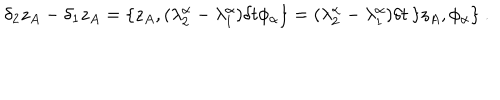
\delta _ { 2 } z _ { A } - \delta _ { 1 } z _ { A } = \{ z _ { A } , ( \lambda _ { 2 } ^ { \alpha } - \lambda _ { 1 } ^ { \alpha } ) \delta t \phi _ { \alpha } \} = ( \lambda _ { 2 } ^ { \alpha } - \lambda _ { 1 } ^ { \alpha } ) \delta t \, \{ z _ { A } , \phi _ { \alpha } \} \ .